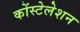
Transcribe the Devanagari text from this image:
कोंस्टेलेशन